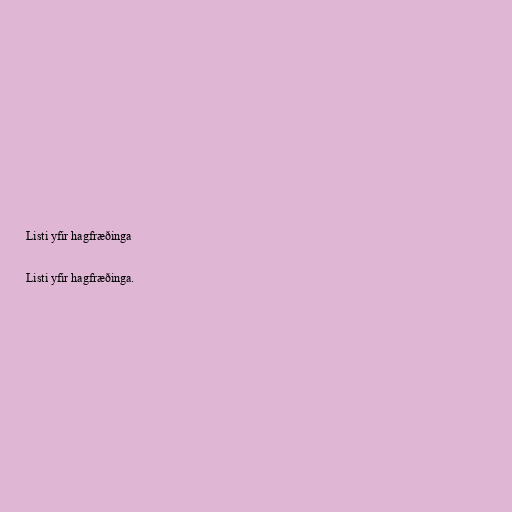
Listi yfir hagfræðinga

Listi yfir hagfræðinga.